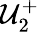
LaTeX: \mathcal{U}_{2}^{+}